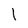
Character: I